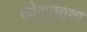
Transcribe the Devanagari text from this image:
ओसामाचा